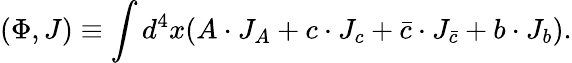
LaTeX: (\Phi,J)\equiv\int d^{4}x(A\cdot J_{A}+c\cdot J_{c}+\bar{c}\cdot J_{\bar{c}}+b\cdot J_{b}).